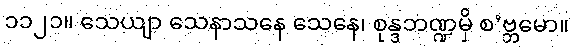
၁၁၂၁။ သေယျာ သေနာသနေ သေနေ၊ စုန္ဒဘဏ္ဍမှိ စ’ဗ္ဘမော။